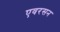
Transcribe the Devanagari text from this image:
एवरसन